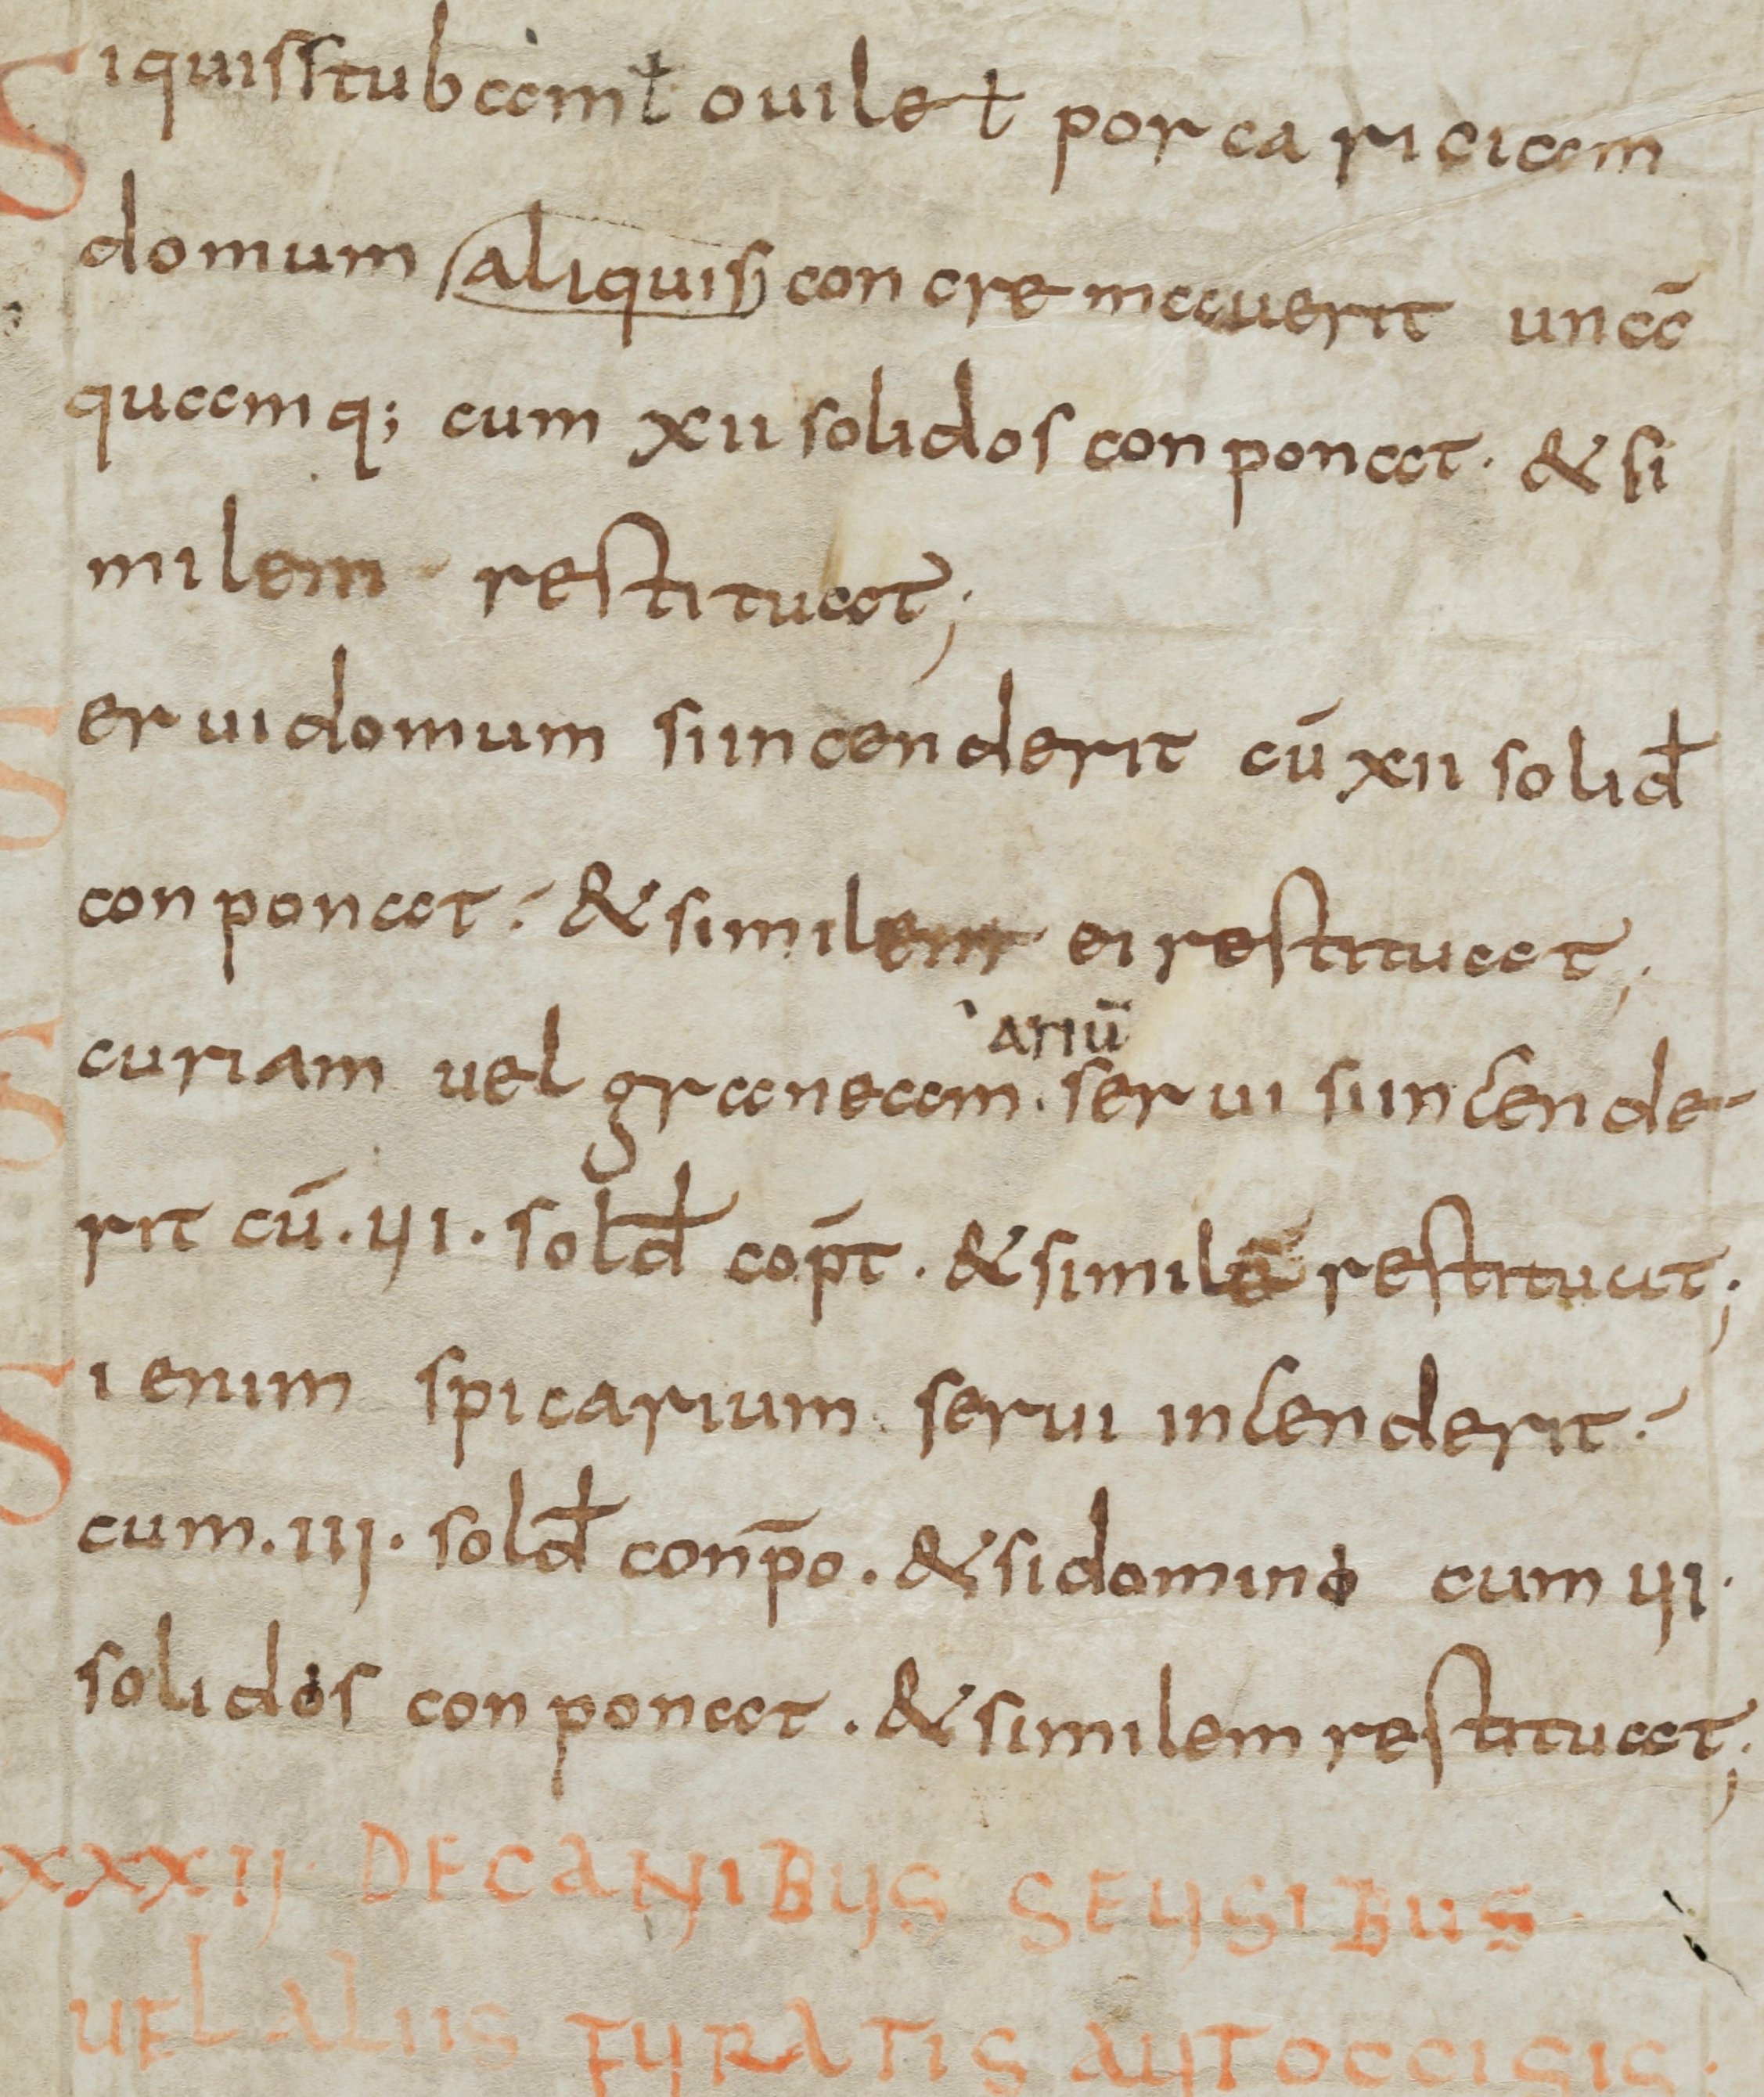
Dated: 800–899